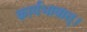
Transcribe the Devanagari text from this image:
कार्यभावात्।